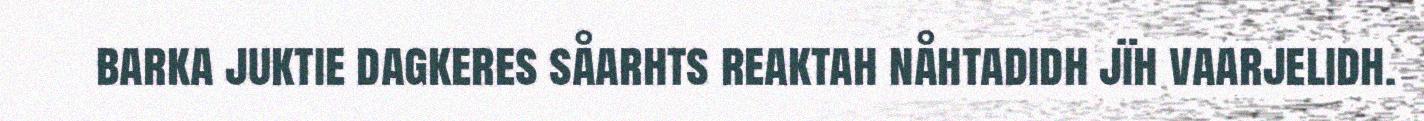
barka juktie dagkeres såarhts reaktah nåhtadidh jïh vaarjelidh.